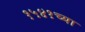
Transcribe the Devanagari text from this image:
१५४१च्या